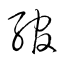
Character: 綰